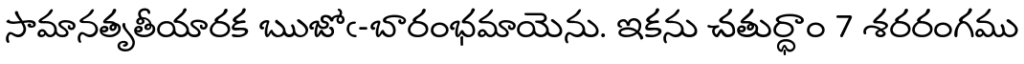
సామానతృతీయారక ఋజోఁ-బారంభమాయెను. ఇకను చతుర్ధాం 7 శరరంగము